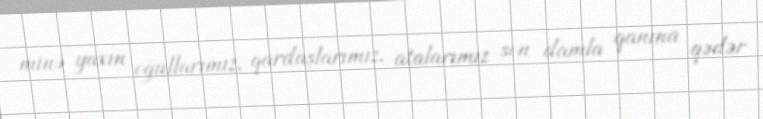
minə yaxın oğullarımız, qardaşlarımız, atalarımız son damla qanına qədər